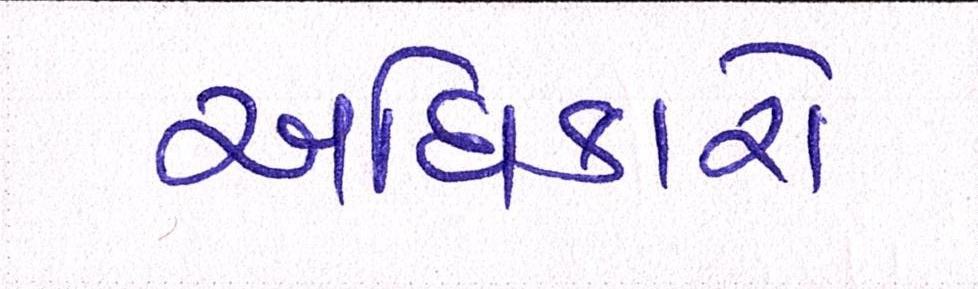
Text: અધિકારો